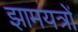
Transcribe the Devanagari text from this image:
झामयत्रों